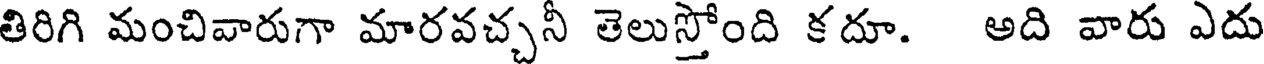
తిరిగి మంచివారుగా మారవచ్చనీ తెలుస్తోంది కదూ. అది వారు ఎదు